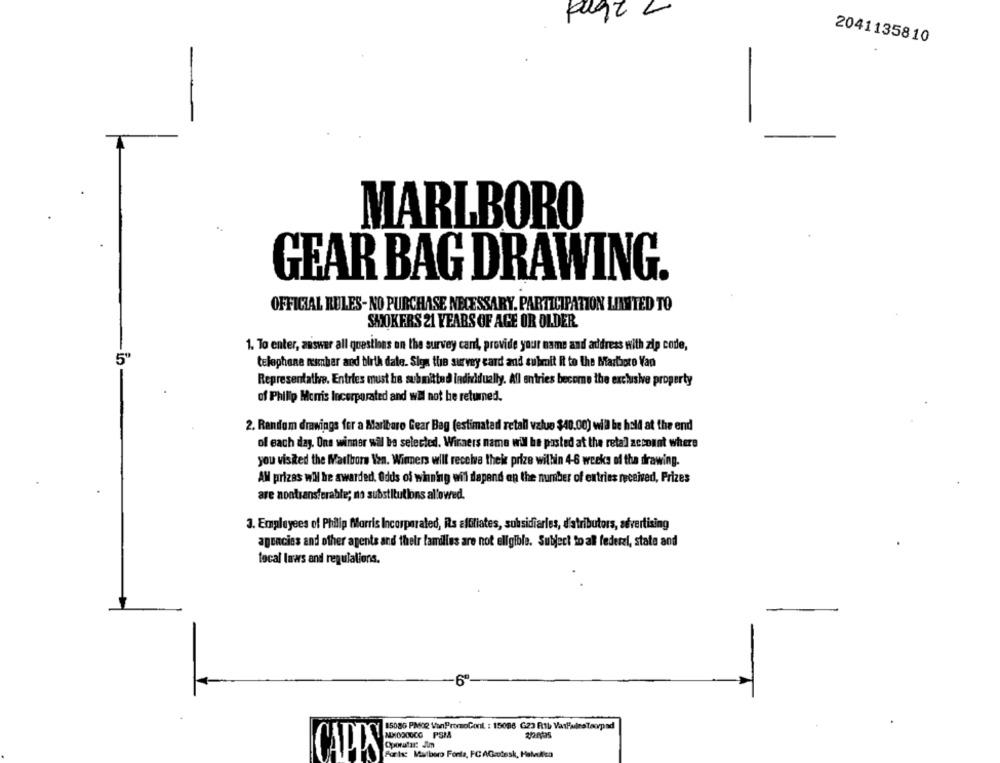
2041135810
MARLBORO
GEAR BAG DRAWING.
OFFICIAL RULES- NO PURCHASE NECESSARY. PARTICIPATION LINNTED TO
SMOKERS 21 YEARS OF AGE OR OLDER.
1. To enter, answer all questions on the survey canl, provide your name and address with zip code,
5
telephone number and birth date. Siga the survey card and submit it to the Marlapto Van
Representathe. Entries must be submitted individually. All entries become the exclusive property
of Philip Morris Incorporated and wil not be returned.
2. Random drawings for a Marlboro Gear Bag (estimated retall value $40.00) will be held at the end
of each day. One winner wil be selected. Wiraers name will be posted at the reta] account where
you visited the Marlboro Von. Winners will receive their prize within 4-6 weeks of the drawing.
AM prizes will be awarded. Odds of winning wil depend on the number of entries received, Prizes
are nontransferable; no substitutions allowed.
3. Employees of Philip Morris Incorporated, its affiliates, subsidiarles, d'atributors, advertising
agencies and other agents and their families are not eligible. Subject to all federal, state and
local laws and regulations.
6"
15086 PMOR VanPromoCont : 15086 G23 Rtb VarFaireTaorpad
NHOOOOCO PSM
Oporutar: Jim
CARDS
Port: Malboro Forla, FC AGcutesk, Habfica